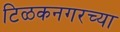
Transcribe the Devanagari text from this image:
टिळकनगरच्या